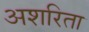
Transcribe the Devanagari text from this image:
अशरिता